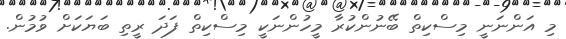
މި އަންނަނީ މިސްކިތް ބޭނުންކުރާ މީހުންނަކީ މިސްކިތް ފަދަ ރީތި ބަޔަކަށް ވުމުން.